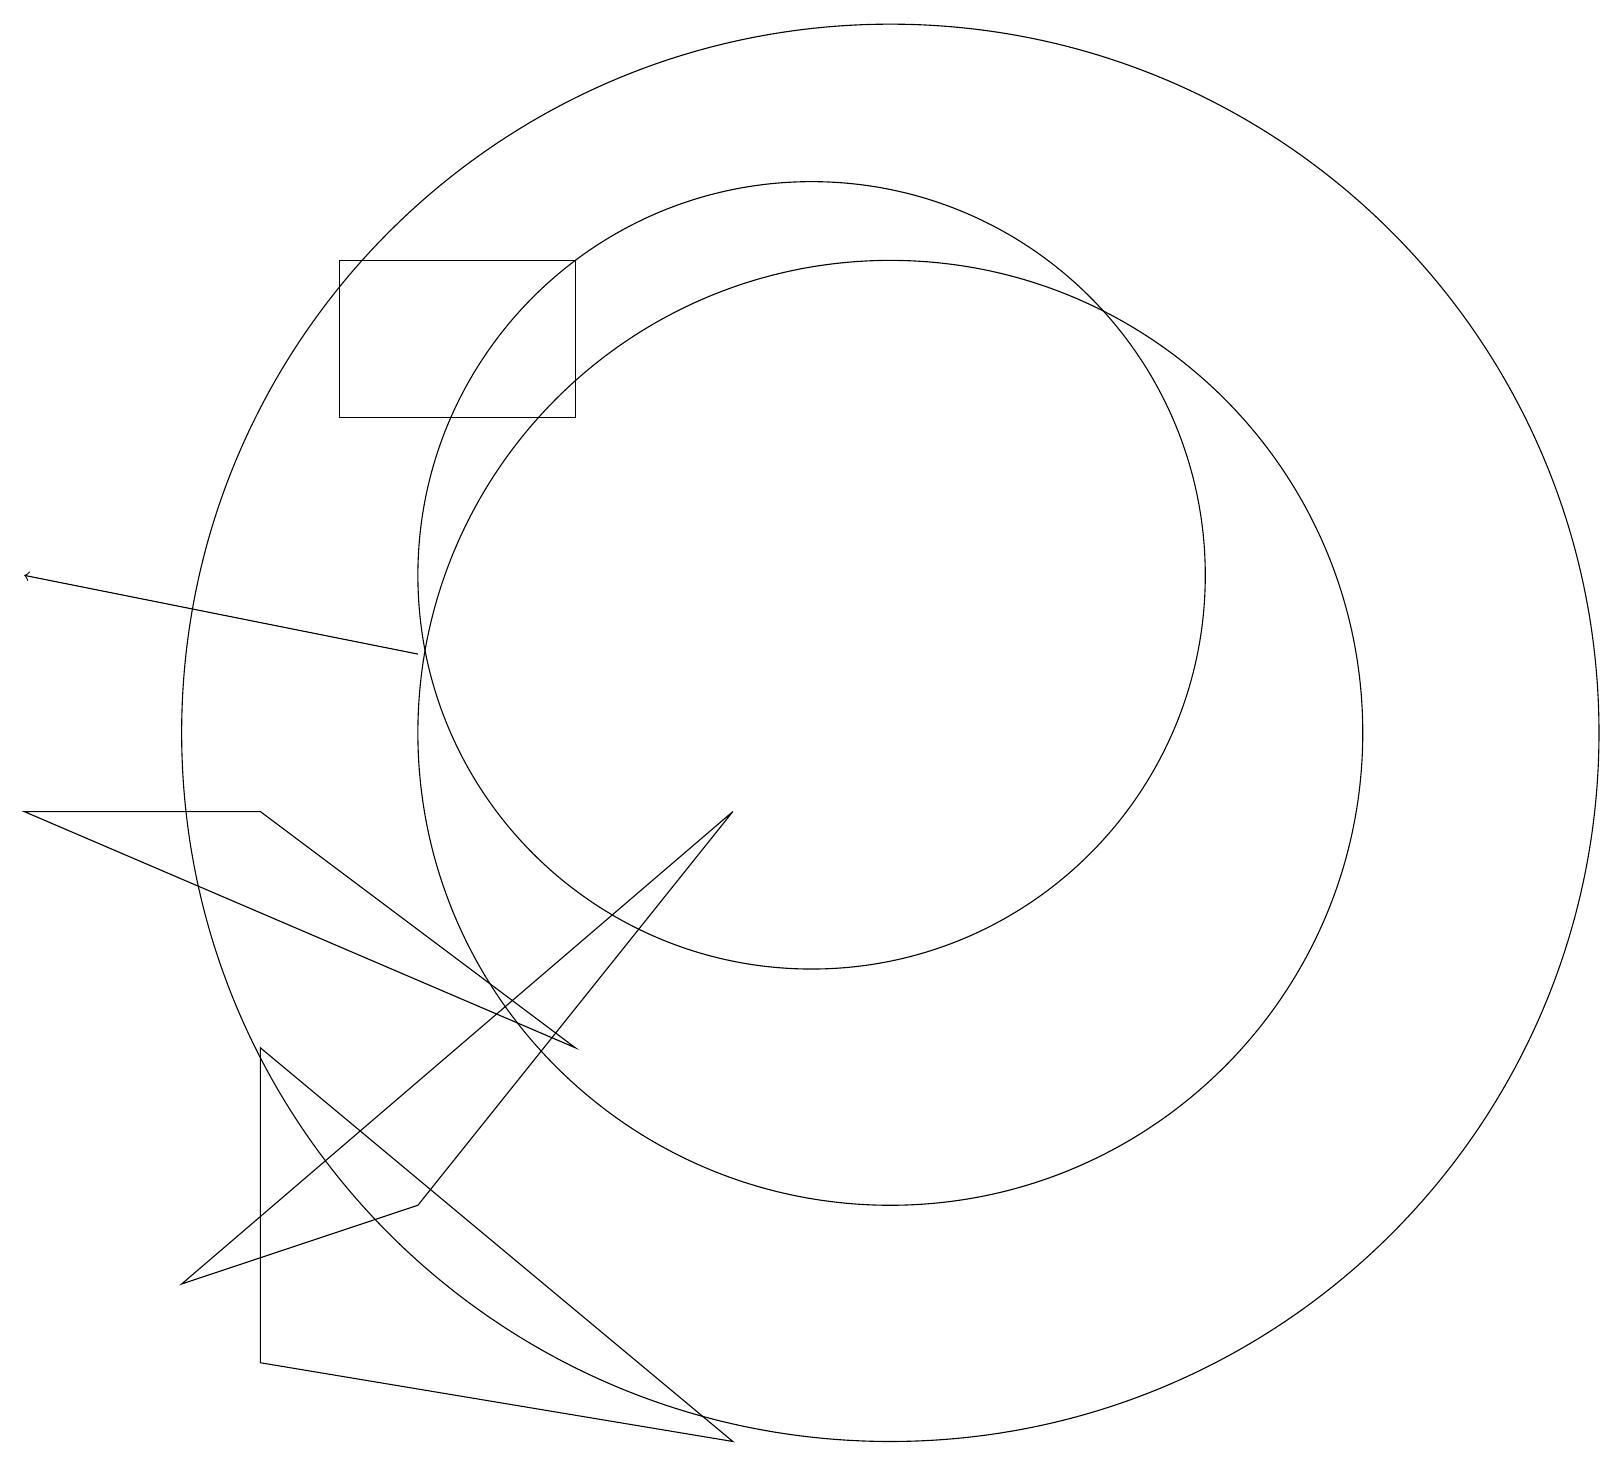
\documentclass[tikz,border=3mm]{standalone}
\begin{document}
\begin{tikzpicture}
\draw (3,2) -- (9,1) -- (3,6) -- cycle;
\draw (5,4) -- (2,3) -- (9,9) -- cycle;
\draw (11,10) circle (6);
\draw (7,16) rectangle (4,14);
\draw (11,10) circle (9);
\draw (10,12) circle (5);
\draw[->] (5,11) -- (0,12);
\draw (3,9) -- (7,6) -- (0,9) -- cycle;
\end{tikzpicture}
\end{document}